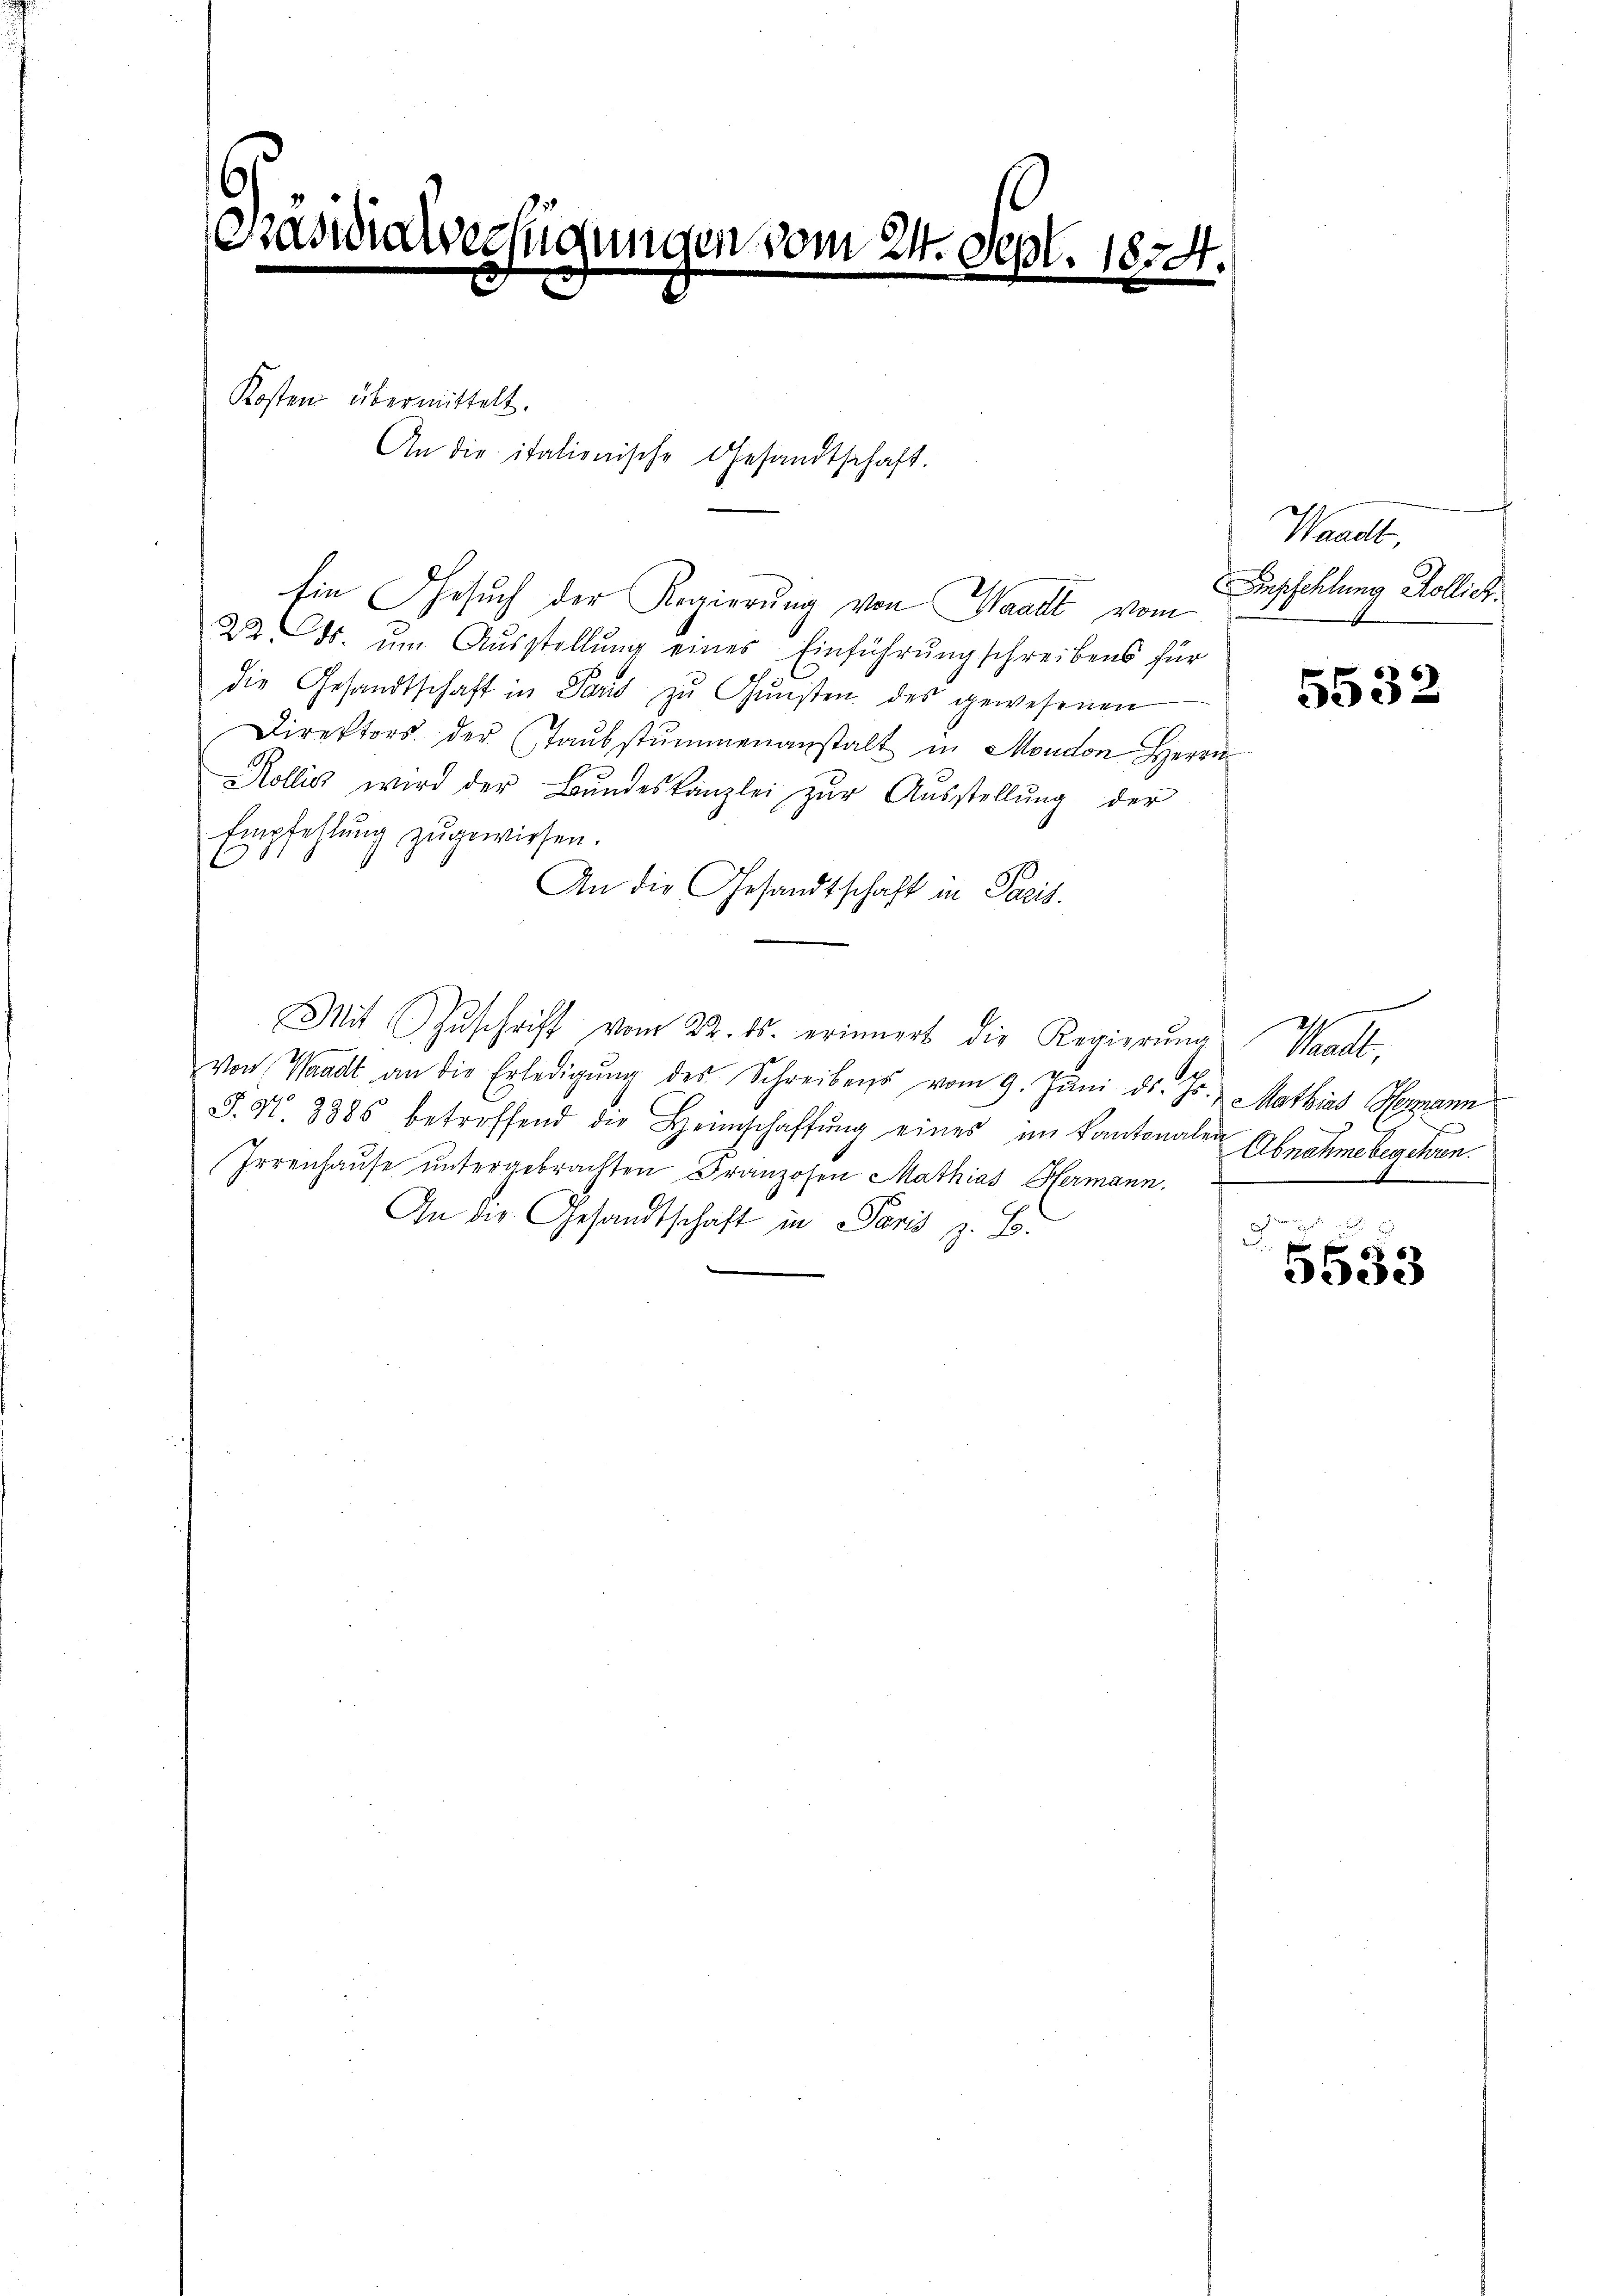
6
Präsidialverfügungen vom 24. Sept. 1874.

Kosten übermittelt.
An die italionische Gesandtschaft.

Ein Gesuch der Regierung von Waadt vom
2t ds. ŭm Aŭsstellung eines Einführung schreibens für
die Gesandtschaft in Paris zŭ Gŭnsten des gewesenen
Direktors der Taŭbstŭmmenanstalt in Moudon Herrn
Kollis wird der Bŭndeskanzlei zŭr Aŭsstellŭng der
Empfehlung zugewiesen.
An die Gesandtschaft in Paris.
Mit Zŭschrift vom 22. ds. erinnert die Regierung Waadt,
von Waadt an die Erledigŭng des Schreibens vom 9. Jŭni d. Js. Mathias Hermann
J. N. 3386 betreffend die Heimschaffŭng eines im Kantonalen
Irrenhause untergebrachten Franzosen Mathias Hermann.
An die Gesandtschaft in Paris z. B.

Waadt,
Anschehlung Kollich.

5532

Abnahme begehren.
w

d

5533